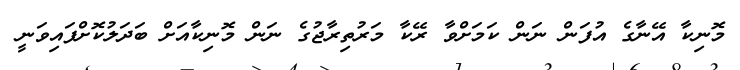
މޮނިކާ އޭނާގެ އުފަން ނަން ކަަމަށްވާ ރޭކާ މަރުތިރާޖުގެ ނަން މޮނިކާއަށް ބަދަލުކޮށްފައިވަނީ